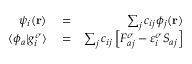
\begin{array} { r l r } { \psi _ { i } ( \mathbf r ) } & { { } = } & { \sum _ { j } c _ { i j } \phi _ { j } ( \mathbf r ) } \\ { \langle \phi _ { a } | g _ { i } ^ { \sigma } \rangle } & { { } = } & { \sum _ { j } c _ { i j } \left[ F _ { a j } ^ { \sigma } - \varepsilon _ { i } ^ { \sigma } S _ { a j } \right] } \end{array}